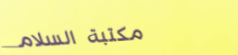
مكتبة السلام